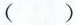
()